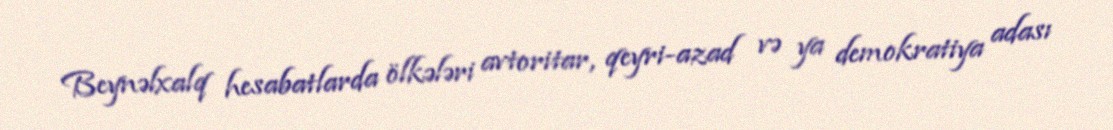
Beynəlxalq hesabatlarda ölkələri avtoritar, qeyri-azad və ya demokratiya adası